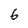
Character: 6